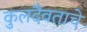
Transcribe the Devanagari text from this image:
कुलदैवताचे